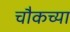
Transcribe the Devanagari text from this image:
चौकच्या